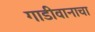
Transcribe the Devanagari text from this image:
गाडीवानाचा